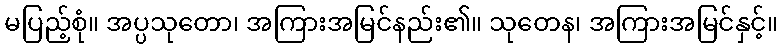
မပြည့်စုံ။ အပ္ပသုတော၊ အကြားအမြင်နည်း၏။ သုတေန၊ အကြားအမြင်နှင့်။